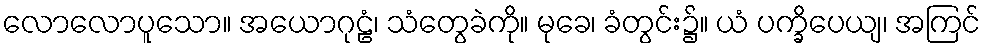
လောလောပူသော။ အယောဂုဠံ၊ သံတွေခဲကို။ မုခေ၊ ခံတွင်း၌။ ယံ ပက္ခိပေယျ၊ အကြင်